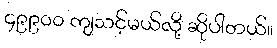
၄၉၉၀၀ ကျသင့်မယ်လို့ ဆိုပါတယ်။